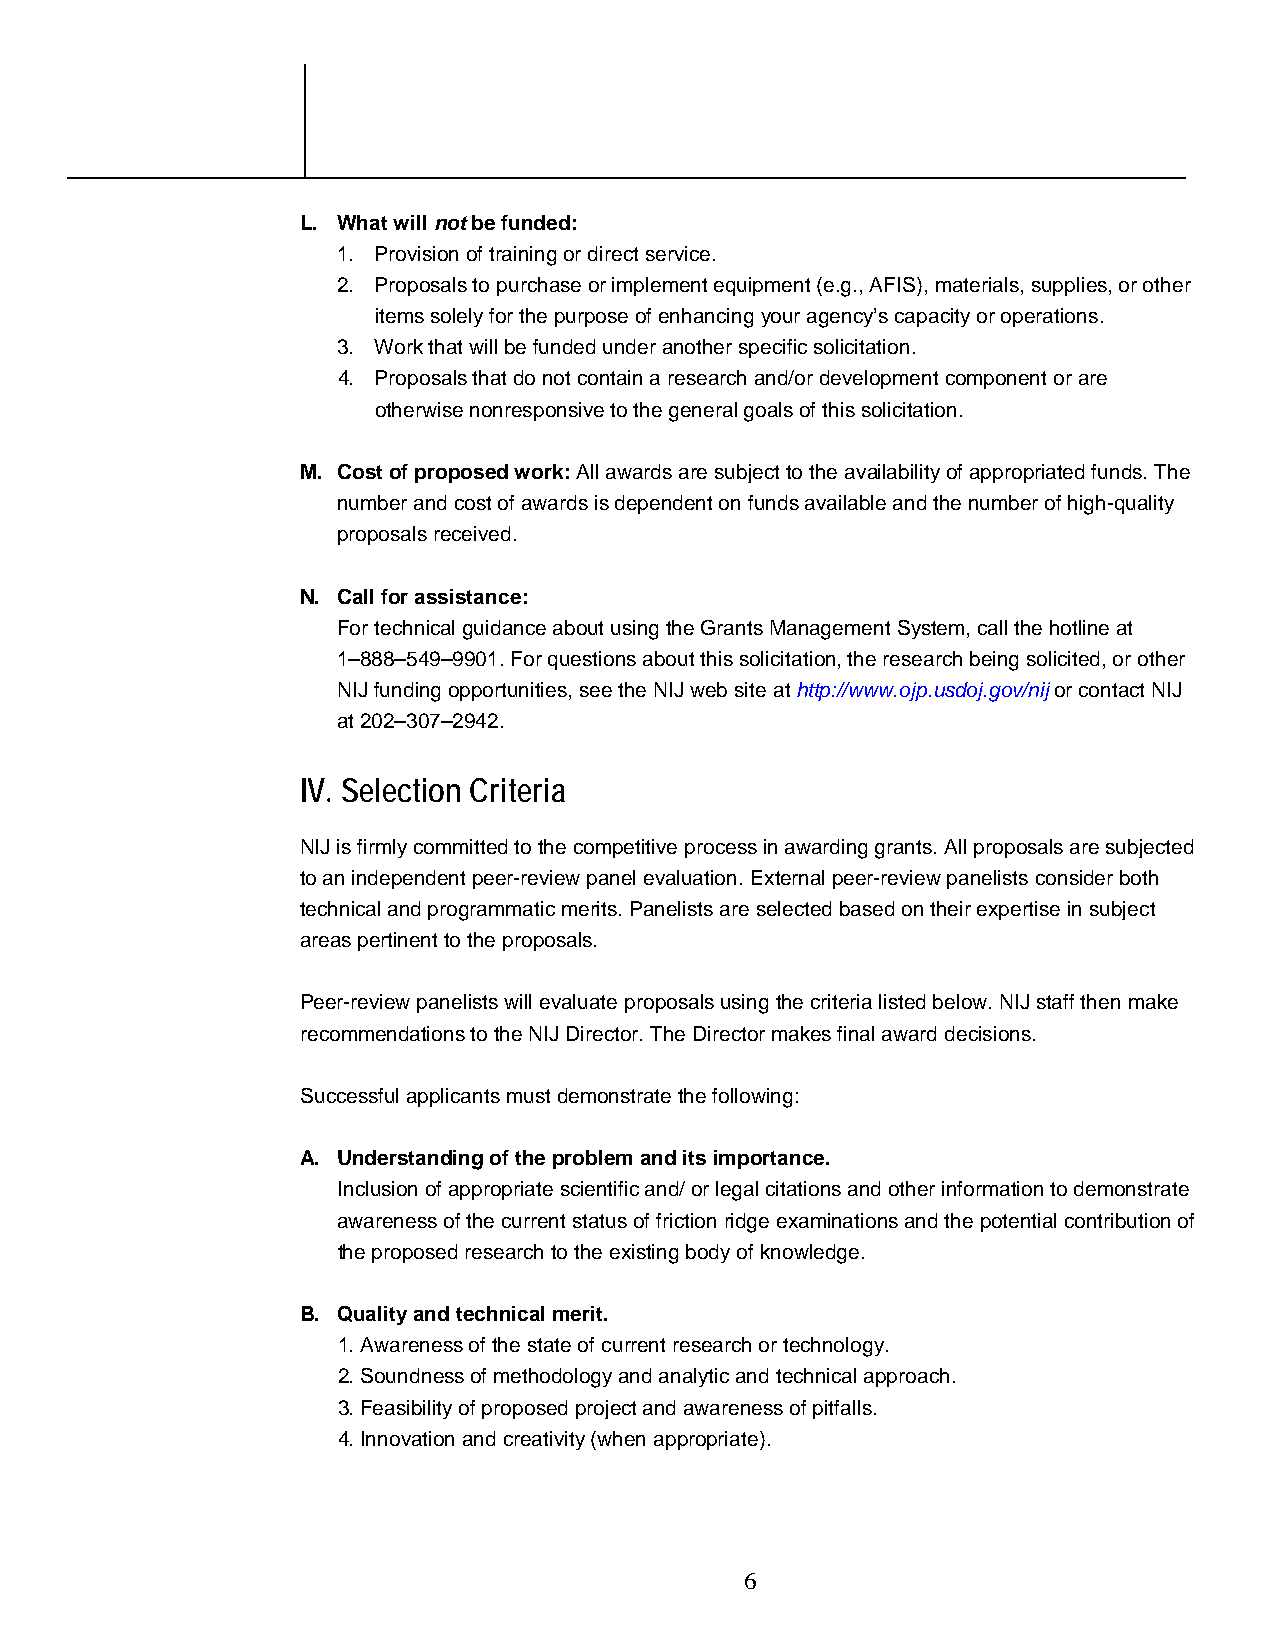
L. What will not be funded:
 1. Provision of training or direct service.
 2. Proposals to purchase or implement equipment (e.g., AFIS), materials, supplies, or other
 items solely for the purpose of enhancing your agency’s capacity or operations.
 3. Work that will be funded under another specific solicitation.
 4. Proposals that do not contain a research and/or development component or are
 otherwise nonresponsive to the general goals of this solicitation.
 M. Cost of proposed work: All awards are subject to the availability of appropriated funds. The
 number and cost of awards is dependent on funds available and the number of high-quality
 proposals received.
 N. Call for assistance:
 For technical guidance about using the Grants Management System, call the hotline at
 1–888–549–9901. For questions about this solicitation, the research being solicited, or other
 NIJ funding opportunities, see the NIJ web site at http://www.ojp.usdoj.gov/nij or contact NIJ
 at 202–307–2942.
 IV. Selection Criteria
 NIJ is firmly committed to the competitive process in awarding grants. All proposals are subjected
 to an independent peer-review panel evaluation. External peer-review panelists consider both
 technical and programmatic merits. Panelists are selected based on their expertise in subject
 areas pertinent to the proposals.
 Peer-review panelists will evaluate proposals using the criteria listed below. NIJ staff then make
 recommendations to the NIJ Director. The Director makes final award decisions.
 Successful applicants must demonstrate the following:
 A. Understanding of the problem and its importance.
 Inclusion of appropriate scientific and/ or legal citations and other information to demonstrate
 awareness of the current status of friction ridge examinations and the potential contribution of
 the proposed research to the existing body of knowledge.
 B. Quality and technical merit.
 1. Awareness of the state of current research or technology.
 2. Soundness of methodology and analytic and technical approach.
 3. Feasibility of proposed project and awareness of pitfalls.
 4. Innovation and creativity (when appropriate).
 6